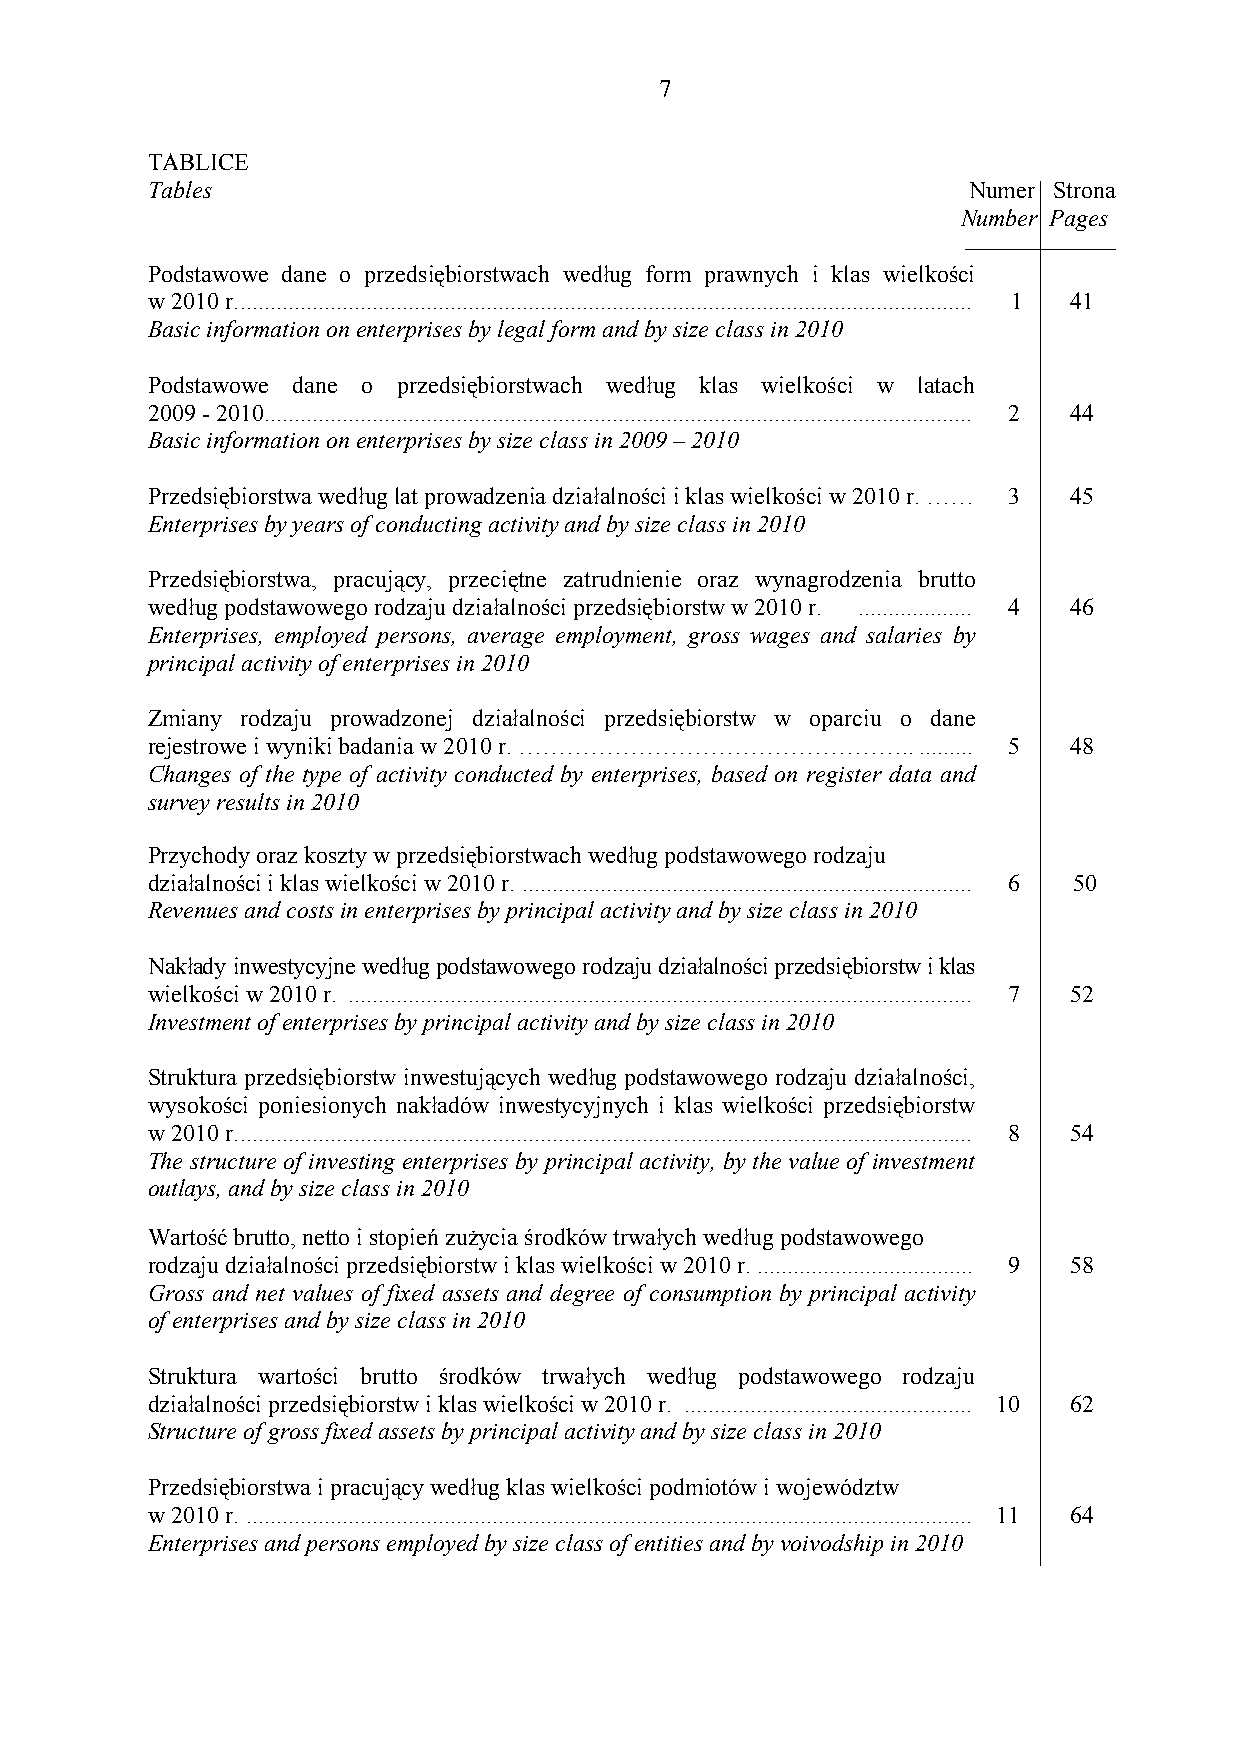
7
 TABLICE
 Tables                                                Numer Strona
 Number Pages
 Podstawowe dane o przedsiębiorstwach według form prawnych i klas wielkości
 w 2010 r........................................................................................................................... 1 41
 Basic information on enterprises by legal form and by size class in 2010
 Podstawowe dane o przedsiębiorstwach według klas wielkości w latach
 2009 - 2010...................................................................................................................... 2 44
 Basic information on enterprises by size class in 2009 – 2010
 Przedsiębiorstwa według lat prowadzenia działalności i klas wielkości w 2010 r. …… 3 45
 Enterprises by years of conducting activity and by size class in 2010
 Przedsiębiorstwa, pracujący, przeciętne zatrudnienie oraz wynagrodzenia brutto
 według podstawowego rodzaju działalności przedsiębiorstw w 2010 r. ................... 4 46
 Enterprises, employed persons, average employment, gross wages and salaries by
 principal activity of enterprises in 2010
 Zmiany rodzaju prowadzonej działalności przedsiębiorstw w oparciu o dane
 rejestrowe i wyniki badania w 2010 r. …………………………………………........... 5 48
 Changes of the type of activity conducted by enterprises, based on register data and
 survey results in 2010
 Przychody oraz koszty w przedsiębiorstwach według podstawowego rodzaju
 działalności i klas wielkości w 2010 r. ........................................................................... 6 50
 Revenues and costs in enterprises by principal activity and by size class in 2010
 Nakłady inwestycyjne według podstawowego rodzaju działalności przedsiębiorstw i klas
 wielkości w 2010 r. ........................................................................................................ 7 52
 Investment of enterprises by principal activity and by size class in 2010
 Struktura przedsiębiorstw inwestujących według podstawowego rodzaju działalności,
 wysokości poniesionych nakładów inwestycyjnych i klas wielkości przedsiębiorstw
 w 2010 r........................................................................................................................... 8 54
 The structure of investing enterprises by principal activity, by the value of investment
 outlays, and by size class in 2010
 Wartość brutto, netto i stopień zużycia środków trwałych według podstawowego
 rodzaju działalności przedsiębiorstw i klas wielkości w 2010 r. .................................... 9 58
 Gross and net values of fixed assets and degree of consumption by principal activity
 of enterprises and by size class in 2010
 Struktura wartości brutto środków trwałych według podstawowego rodzaju
 działalności przedsiębiorstw i klas wielkości w 2010 r. ................................................ 10 62
 Structure of gross fixed assets by principal activity and by size class in 2010
 Przedsiębiorstwa i pracujący według klas wielkości podmiotów i województw
 w 2010 r. ......................................................................................................................... 11 64
 Enterprises and persons employed by size class of entities and by voivodship in 2010